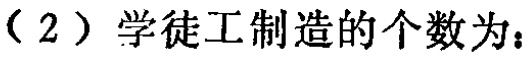
（2）学徒工制造的个数为：